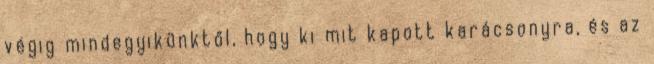
végig mindegyikünktől, hogy ki mit kapott karácsonyra, és az